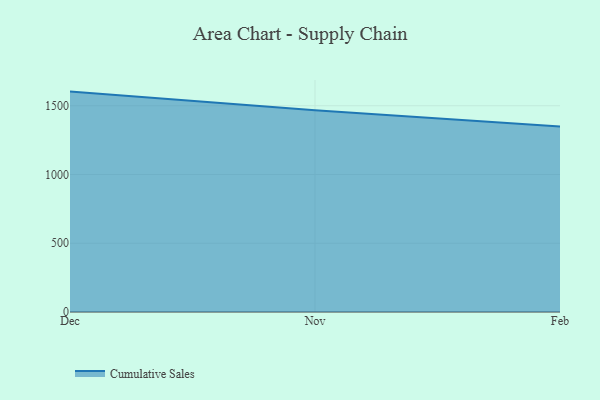
{"axis": {"x": "Month", "y": "Website Visitors"}, "legend": ["Cumulative Sales"], "data": [{"x": "Dec", "y": 1603.0, "type": "Cumulative Sales"}, {"x": "Nov", "y": 1467.3, "type": "Cumulative Sales"}, {"x": "Feb", "y": 1349.8, "type": "Cumulative Sales"}]}